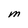
Character: M